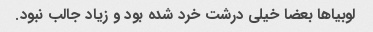
لوبیا‌ها بعضا خیلی درشت خرد شده بود و زیاد جالب نبود.